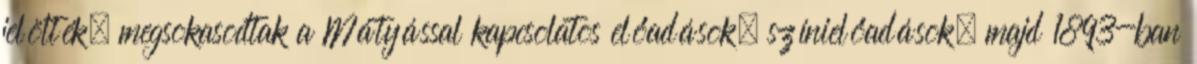
jelölték, megsokasodtak a Mátyással kapcsolatos előadások, színielőadások, majd 1893-ban